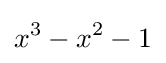
x^{3}-x^{2}-1